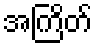
အကြိတ်